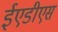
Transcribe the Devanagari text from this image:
ईएडीएस